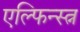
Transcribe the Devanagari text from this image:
एल्फिन्स्त्न